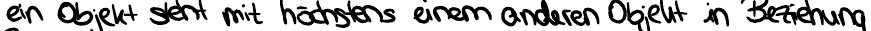
ein Objekt steht mit höchstens einem anderen Objekt in Beziehung